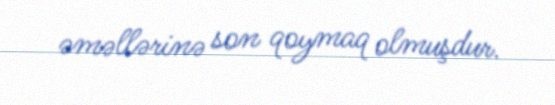
əməllərinə son qoymaq olmuşdur.